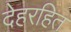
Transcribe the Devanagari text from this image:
देहरहित